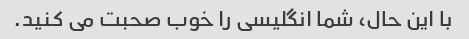
با این حال، شما انگلیسی را خوب صحبت می کنید.